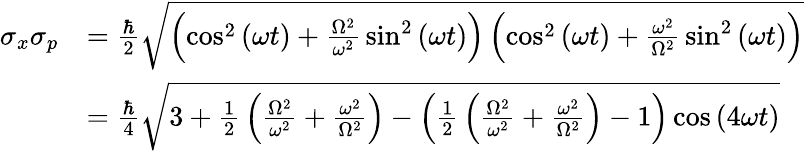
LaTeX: {\begin{array}{rl}{\sigma_{x}\sigma_{p}}&{={\frac{\hbar}{2}}{\sqrt{\left(\cos^{2}{(\omega t)}+{\frac{\Omega^{2}}{\omega^{2}}}\sin^{2}{(\omega t)}\right)\left(\cos^{2}{(\omega t)}+{\frac{\omega^{2}}{\Omega^{2}}}\sin^{2}{(\omega t)}\right)}}}\\ &{={\frac{\hbar}{4}}{\sqrt{3+{\frac{1}{2}}\left({\frac{\Omega^{2}}{\omega^{2}}}+{\frac{\omega^{2}}{\Omega^{2}}}\right)-\left({\frac{1}{2}}\left({\frac{\Omega^{2}}{\omega^{2}}}+{\frac{\omega^{2}}{\Omega^{2}}}\right)-1\right)\cos{(4\omega t)}}}}\end{array}}